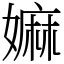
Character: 嫲